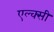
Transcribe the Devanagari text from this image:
एल्क्सी